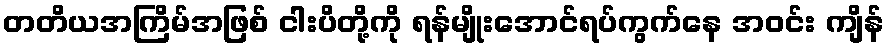
တတိယအကြိမ်အဖြစ် ငါးပိတို့ကို ရန်မျိုးအောင်ရပ်ကွက်နေ အဝင်း ကျိန်